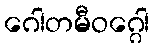
ဂေါတမီဝဂ္ဂေါ